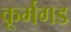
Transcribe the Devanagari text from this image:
कूर्मगड